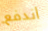
اندفع